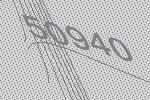
50940